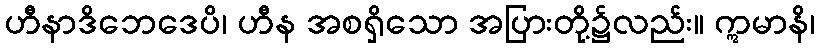
ဟီနာဒိဘေဒေပိ၊ ဟီန အစရှိသော အပြားတို့၌လည်း။ ဣမာနိ၊